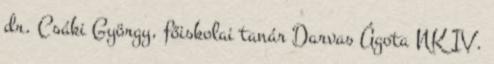
dr. Csáki György, főiskolai tanár Darvas Ágota NK IV.